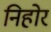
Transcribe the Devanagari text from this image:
निहोर